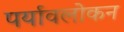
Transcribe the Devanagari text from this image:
पर्यावलोकन